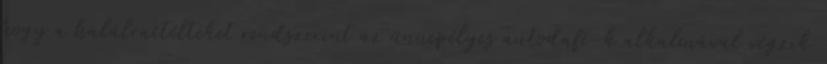
hogy a halálraítélteket rendszerint az ünnepélyes autodafé-k alkalmával végzik